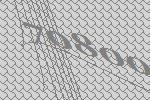
70800